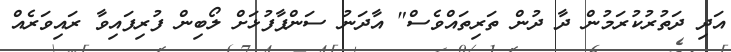
އަދި ދަތުރުކުރަމުން ދާ ދުން ތަރިތައްވެސް" އާދަނު ސަންޕާފުޅަށް ލޯބިން ފުރިފައިވާ ރައިވަރެއް